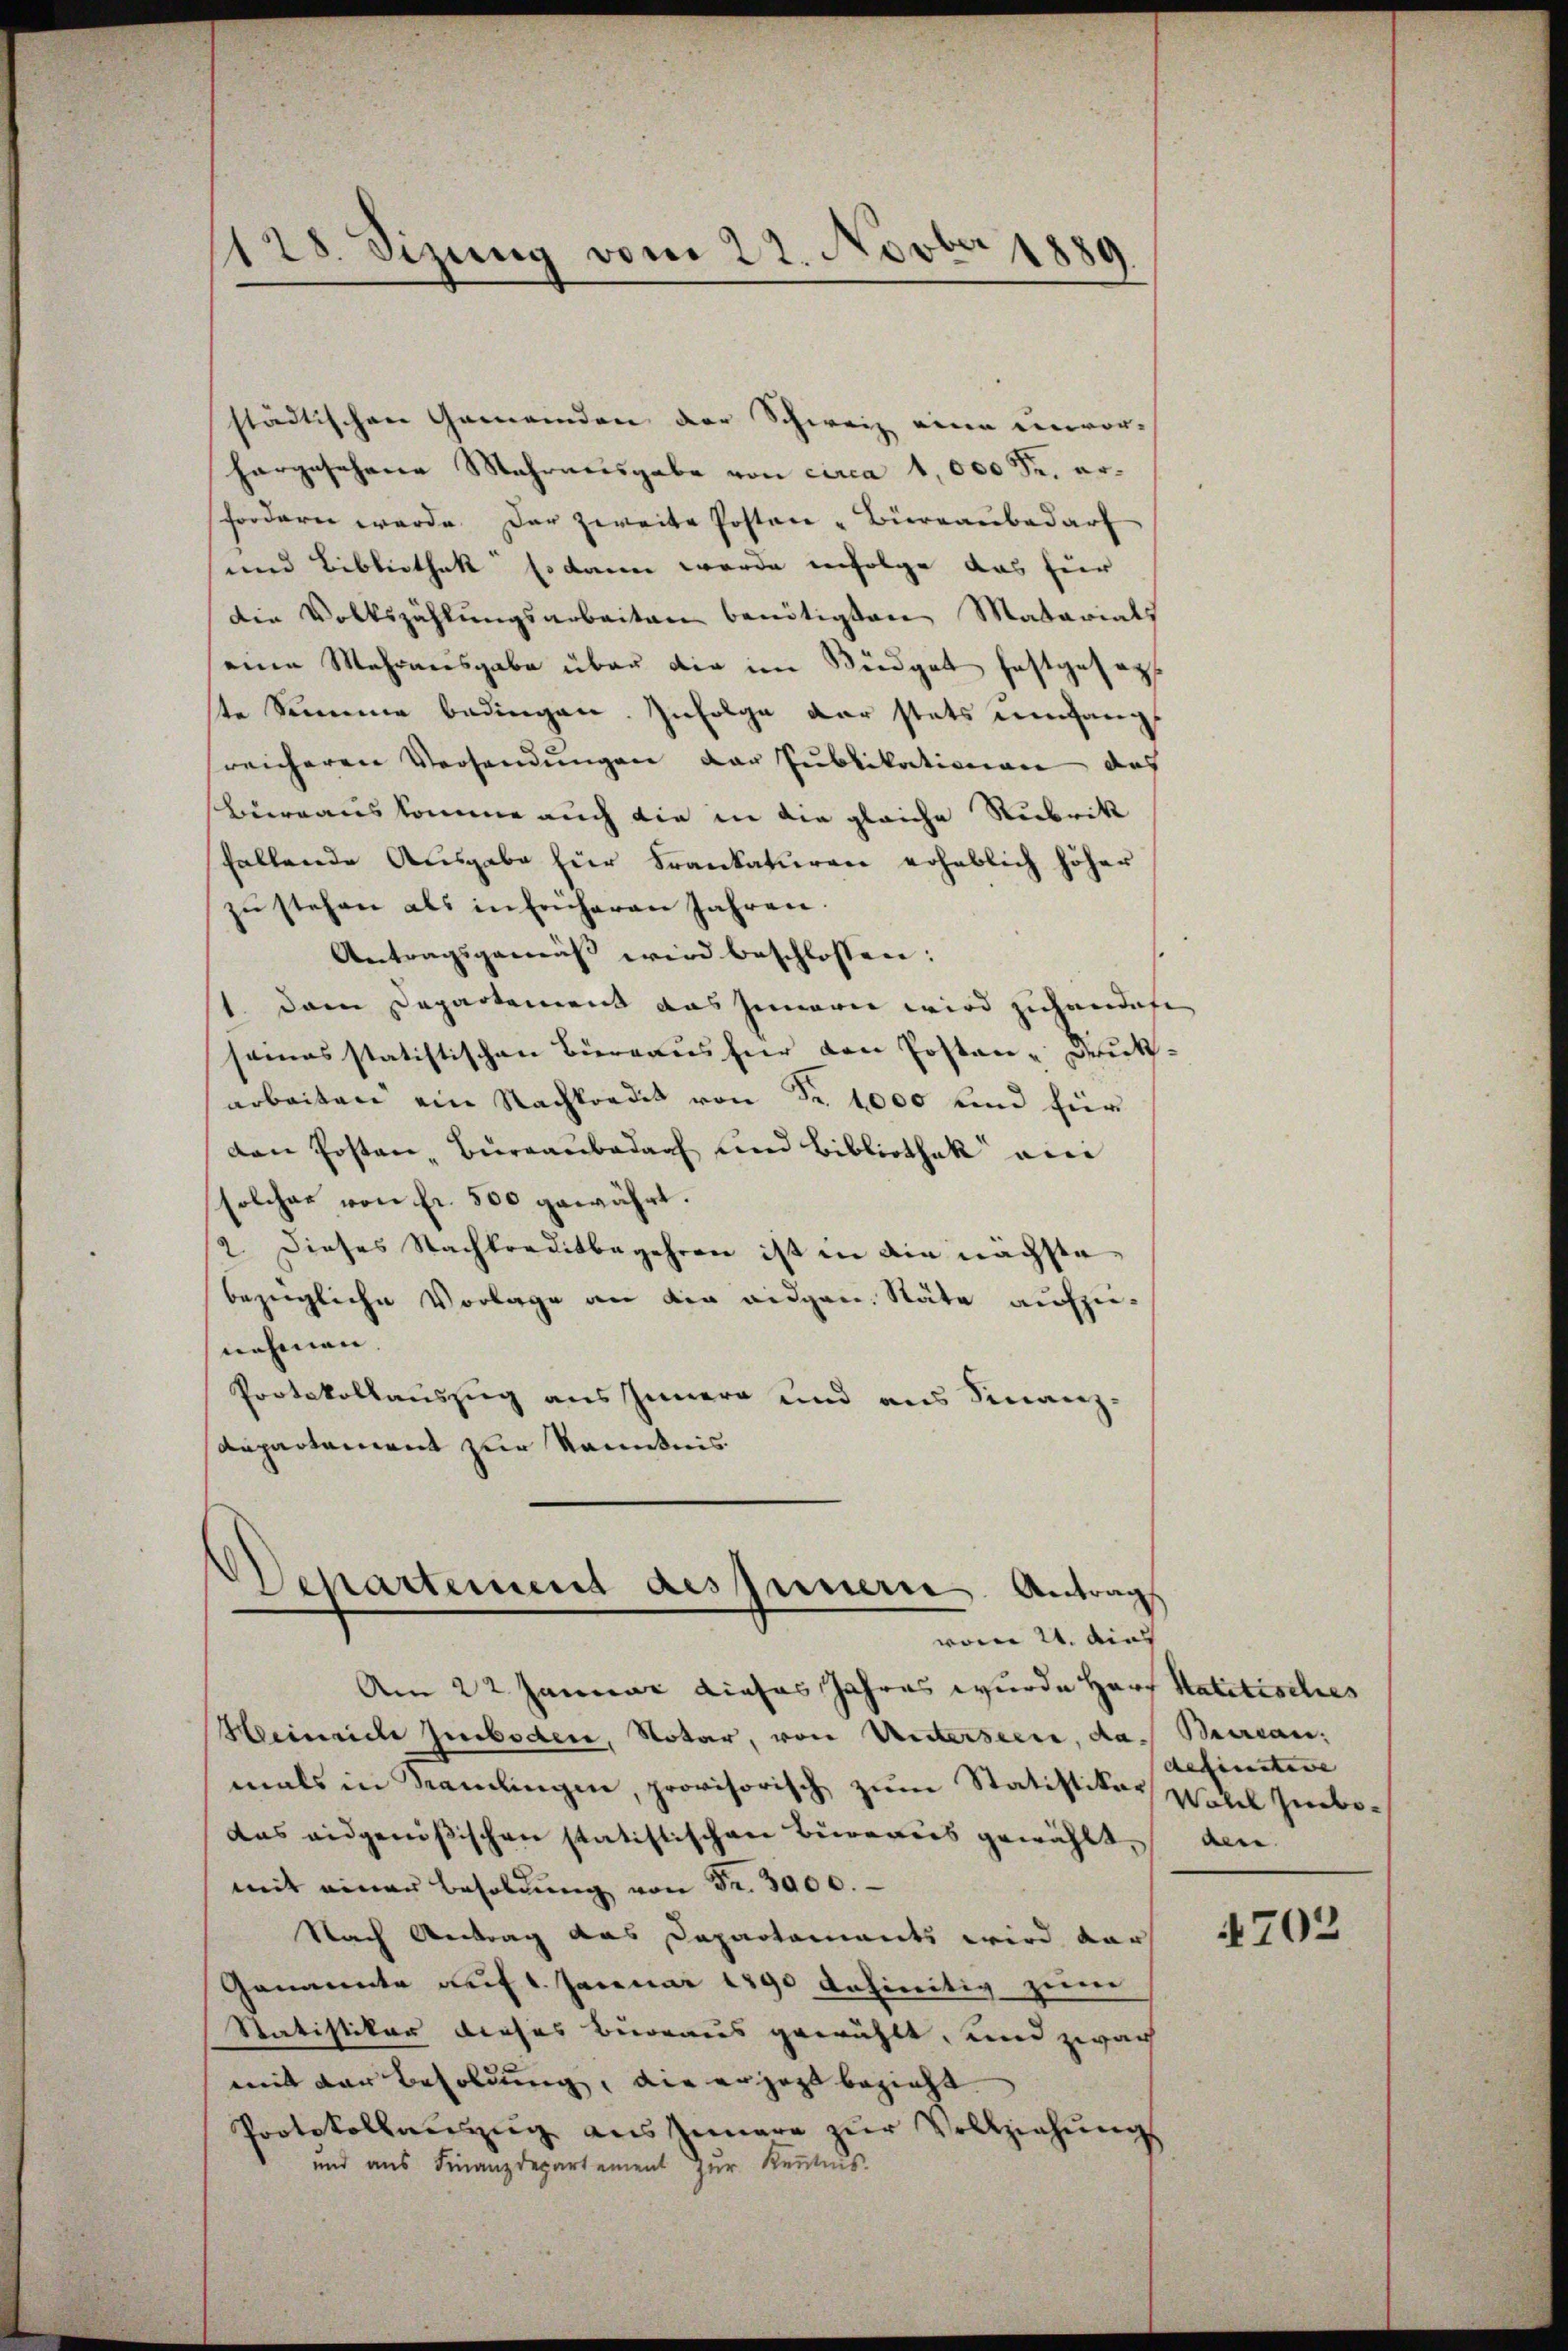
städtischen Gemeinden der Schweiz eine einvor-
hargesehene Mehrausgabe von circa 1,000 Fr. erfordern wurde der zweite Posten-Büreaubedarf
und Bibliothek so dann werde infolge das für
Die Volkszählungsarbeiten benötigten Matarials
eine Mehrausgabe über die im Büdget festgeseste Summe bedingen. Infolge der stets umgangs
reicheren Versendungen der Publikationen des
Bierrauskomme auch die in die gleiche Rubrik
fallende Ausgabe für Frankaturen erheblich höher
zŭ stehen als in früheren Jahren.
Antragsgemäß wird beschlossen:
1. Denn Departement das Gemarie wird zuhanderen
samosstatistischen Bierraus für den Postan-Drukarbeiten ein Nachkredit von Fr. 1000 und für
den Posten Büreaubedarf und Bibliothek an
solcher von Fr. 500 gewährt.
2. Dieses Nachtraditbegehren ist in die nächste
bezügliche Vorlage an die eidgen. Stäte aufzunehmen.
Protokollauszug aus Innern und aus Finanz-
Departement zur Kenntnis.

128. Sizung vom 22. Novber 1889

Departement dessenern Antrag
vom 21. dies
Am 22 Januar dieses Jahres wurde Horf Statitisches

Heinrich Huboden, Notar, von Unterseere, da Beercan.
mals in Samlingen, provisorisch zum Statistiker
das eidgenößischen statistischen Burereis gewählt, den
mit einer Besoldŭng von Fr. 3000.
Nach Antrag das Departaments wird dar
Genannte auf 1. Januar 1890 definitiv zum
Statistikar dieses Bureaus gewählt, und zwar
mit der Besoldung, die erzagt bezieht.
Protokollenzug aus Innere zur Vollziehungs
und aus Finanzdepartement zur Kenntnis

definitive |
Votel zube¬

4702